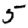
Digit: 5